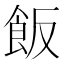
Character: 飯